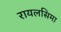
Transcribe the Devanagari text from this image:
रायलसिमा